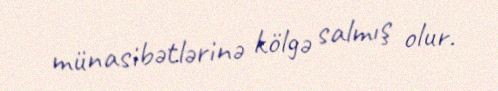
münasibətlərinə kölgə salmış olur.